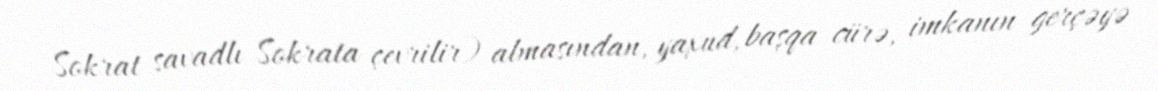
Sokrat savadlı Sokrata çevrilir) almasından, yaxud, başqa cürə, imkanın gerçəyə